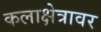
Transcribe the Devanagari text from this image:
कलाक्षेत्रावर